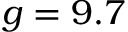
g = 9 . 7